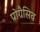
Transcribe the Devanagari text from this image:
प्रोग्रैसिव